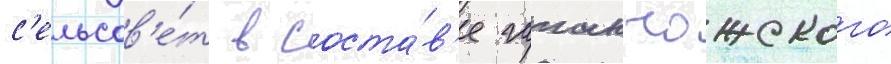
с'ельсов'е́т в соста́в'е галанчожского